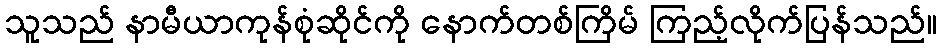
သူသည် နာမီယာကုန်စုံဆိုင်ကို နောက်တစ်ကြိမ် ကြည့်လိုက်ပြန်သည်။